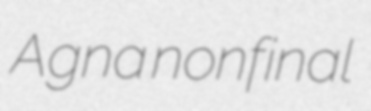
Agna nonfinal